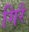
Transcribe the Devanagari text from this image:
गिरै